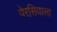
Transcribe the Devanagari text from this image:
पेरसियाला